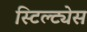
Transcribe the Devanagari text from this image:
स्टिल्ट्येस